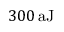
{ 3 0 0 } \, \mathrm { a J }